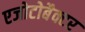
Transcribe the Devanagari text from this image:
एजोटोबैक्टर